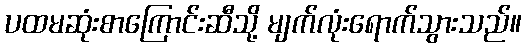
ပထမဆုံးစာကြောင်းဆီသို့ မျက်လုံးရောက်သွားသည်။